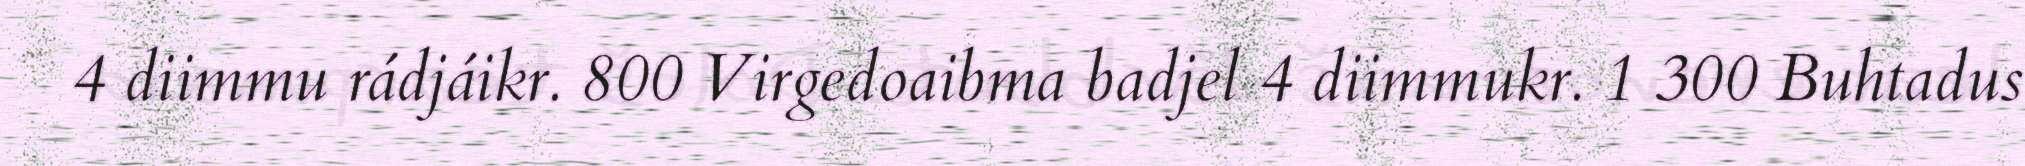
4 diimmu rádjáikr. 800 Virgedoaibma badjel 4 diimmukr. 1 300 Buhtadus